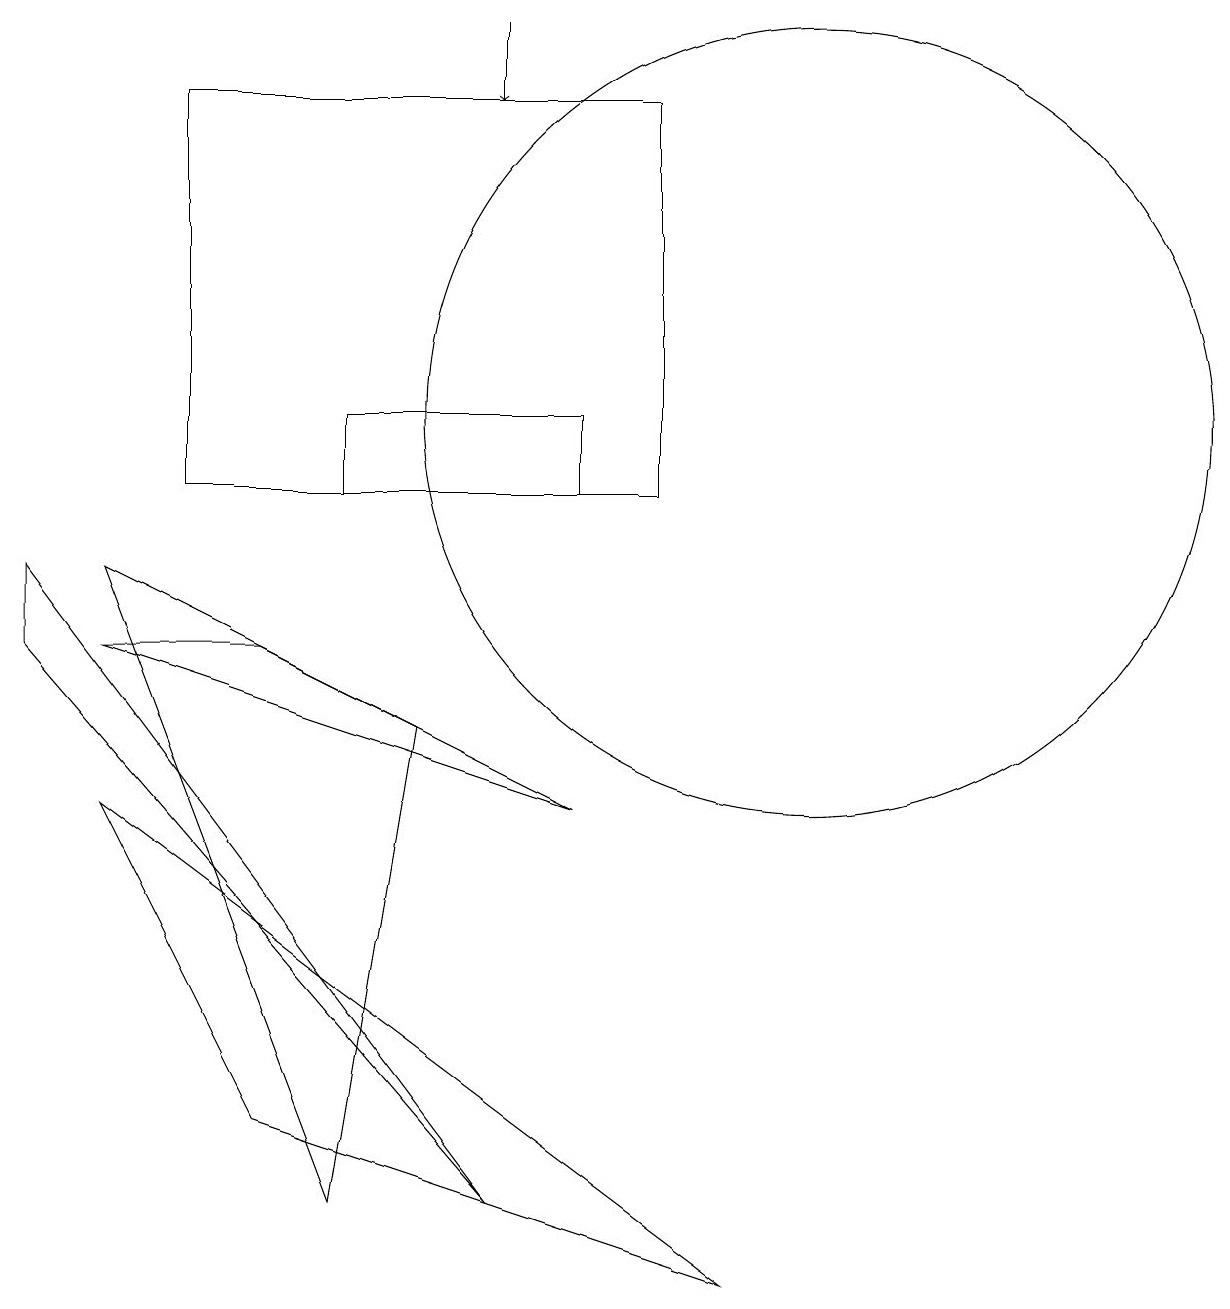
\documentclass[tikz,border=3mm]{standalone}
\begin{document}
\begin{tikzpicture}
\draw (4,11) rectangle (7,10);
\draw (4,1) -- (1,9) -- (5,7) -- cycle;
\draw (10,11) circle (5);
\draw (3,2) -- (9,0) -- (1,6) -- cycle;
\draw (2,10) rectangle (8,15);
\draw (1,8) -- (7,6) -- (3,8) -- cycle;
\draw[->] (6,16) -- (6,15);
\draw (6,1) -- (0,9) -- (0,8) -- cycle;
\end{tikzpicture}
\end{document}